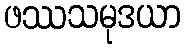
ဖဿသမုဒယာ